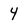
Character: 4